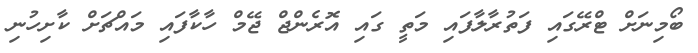
ބޯމިނަށް ޓްރޭގައި ފަތުރާލާފައި މަތީ ގައި އޮރެންޖް ޖޭމް ހާކާފައި މައްޗަށް ކާށިހުނި